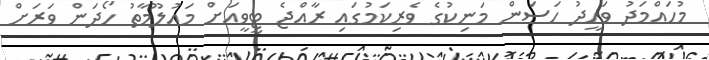
މުހައްމަދު ވަހީދު ހަސަން މަނިކުގެ ވެރިކަމުގައި ރާއްޖެ ޓީވީއަށް މައުލޫމާތު ހޯދަން ވަރަށް